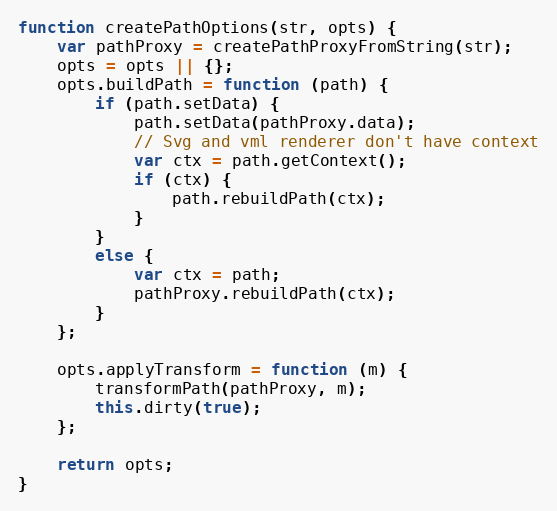
Language: JavaScript
function createPathOptions(str, opts) {
    var pathProxy = createPathProxyFromString(str);
    opts = opts || {};
    opts.buildPath = function (path) {
        if (path.setData) {
            path.setData(pathProxy.data);
            // Svg and vml renderer don't have context
            var ctx = path.getContext();
            if (ctx) {
                path.rebuildPath(ctx);
            }
        }
        else {
            var ctx = path;
            pathProxy.rebuildPath(ctx);
        }
    };

    opts.applyTransform = function (m) {
        transformPath(pathProxy, m);
        this.dirty(true);
    };

    return opts;
}